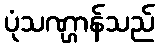
ပုံသဏ္ဌာန်သည်